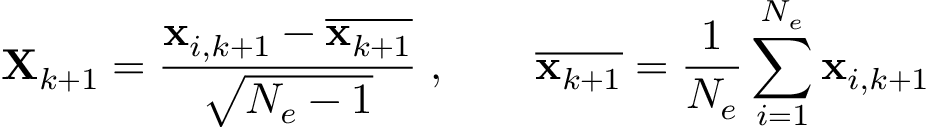
\mathbf { X } _ { k + 1 } = \frac { \mathbf { x } _ { i , k + 1 } - \overline { { \mathbf { x } _ { k + 1 } } } } { \sqrt { N _ { e } - 1 } } \; , \qquad \overline { { \mathbf { x } _ { k + 1 } } } = \frac { 1 } { N _ { e } } \sum _ { i = 1 } ^ { N _ { e } } \mathbf { x } _ { i , k + 1 }